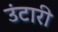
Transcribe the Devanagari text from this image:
उंटारी